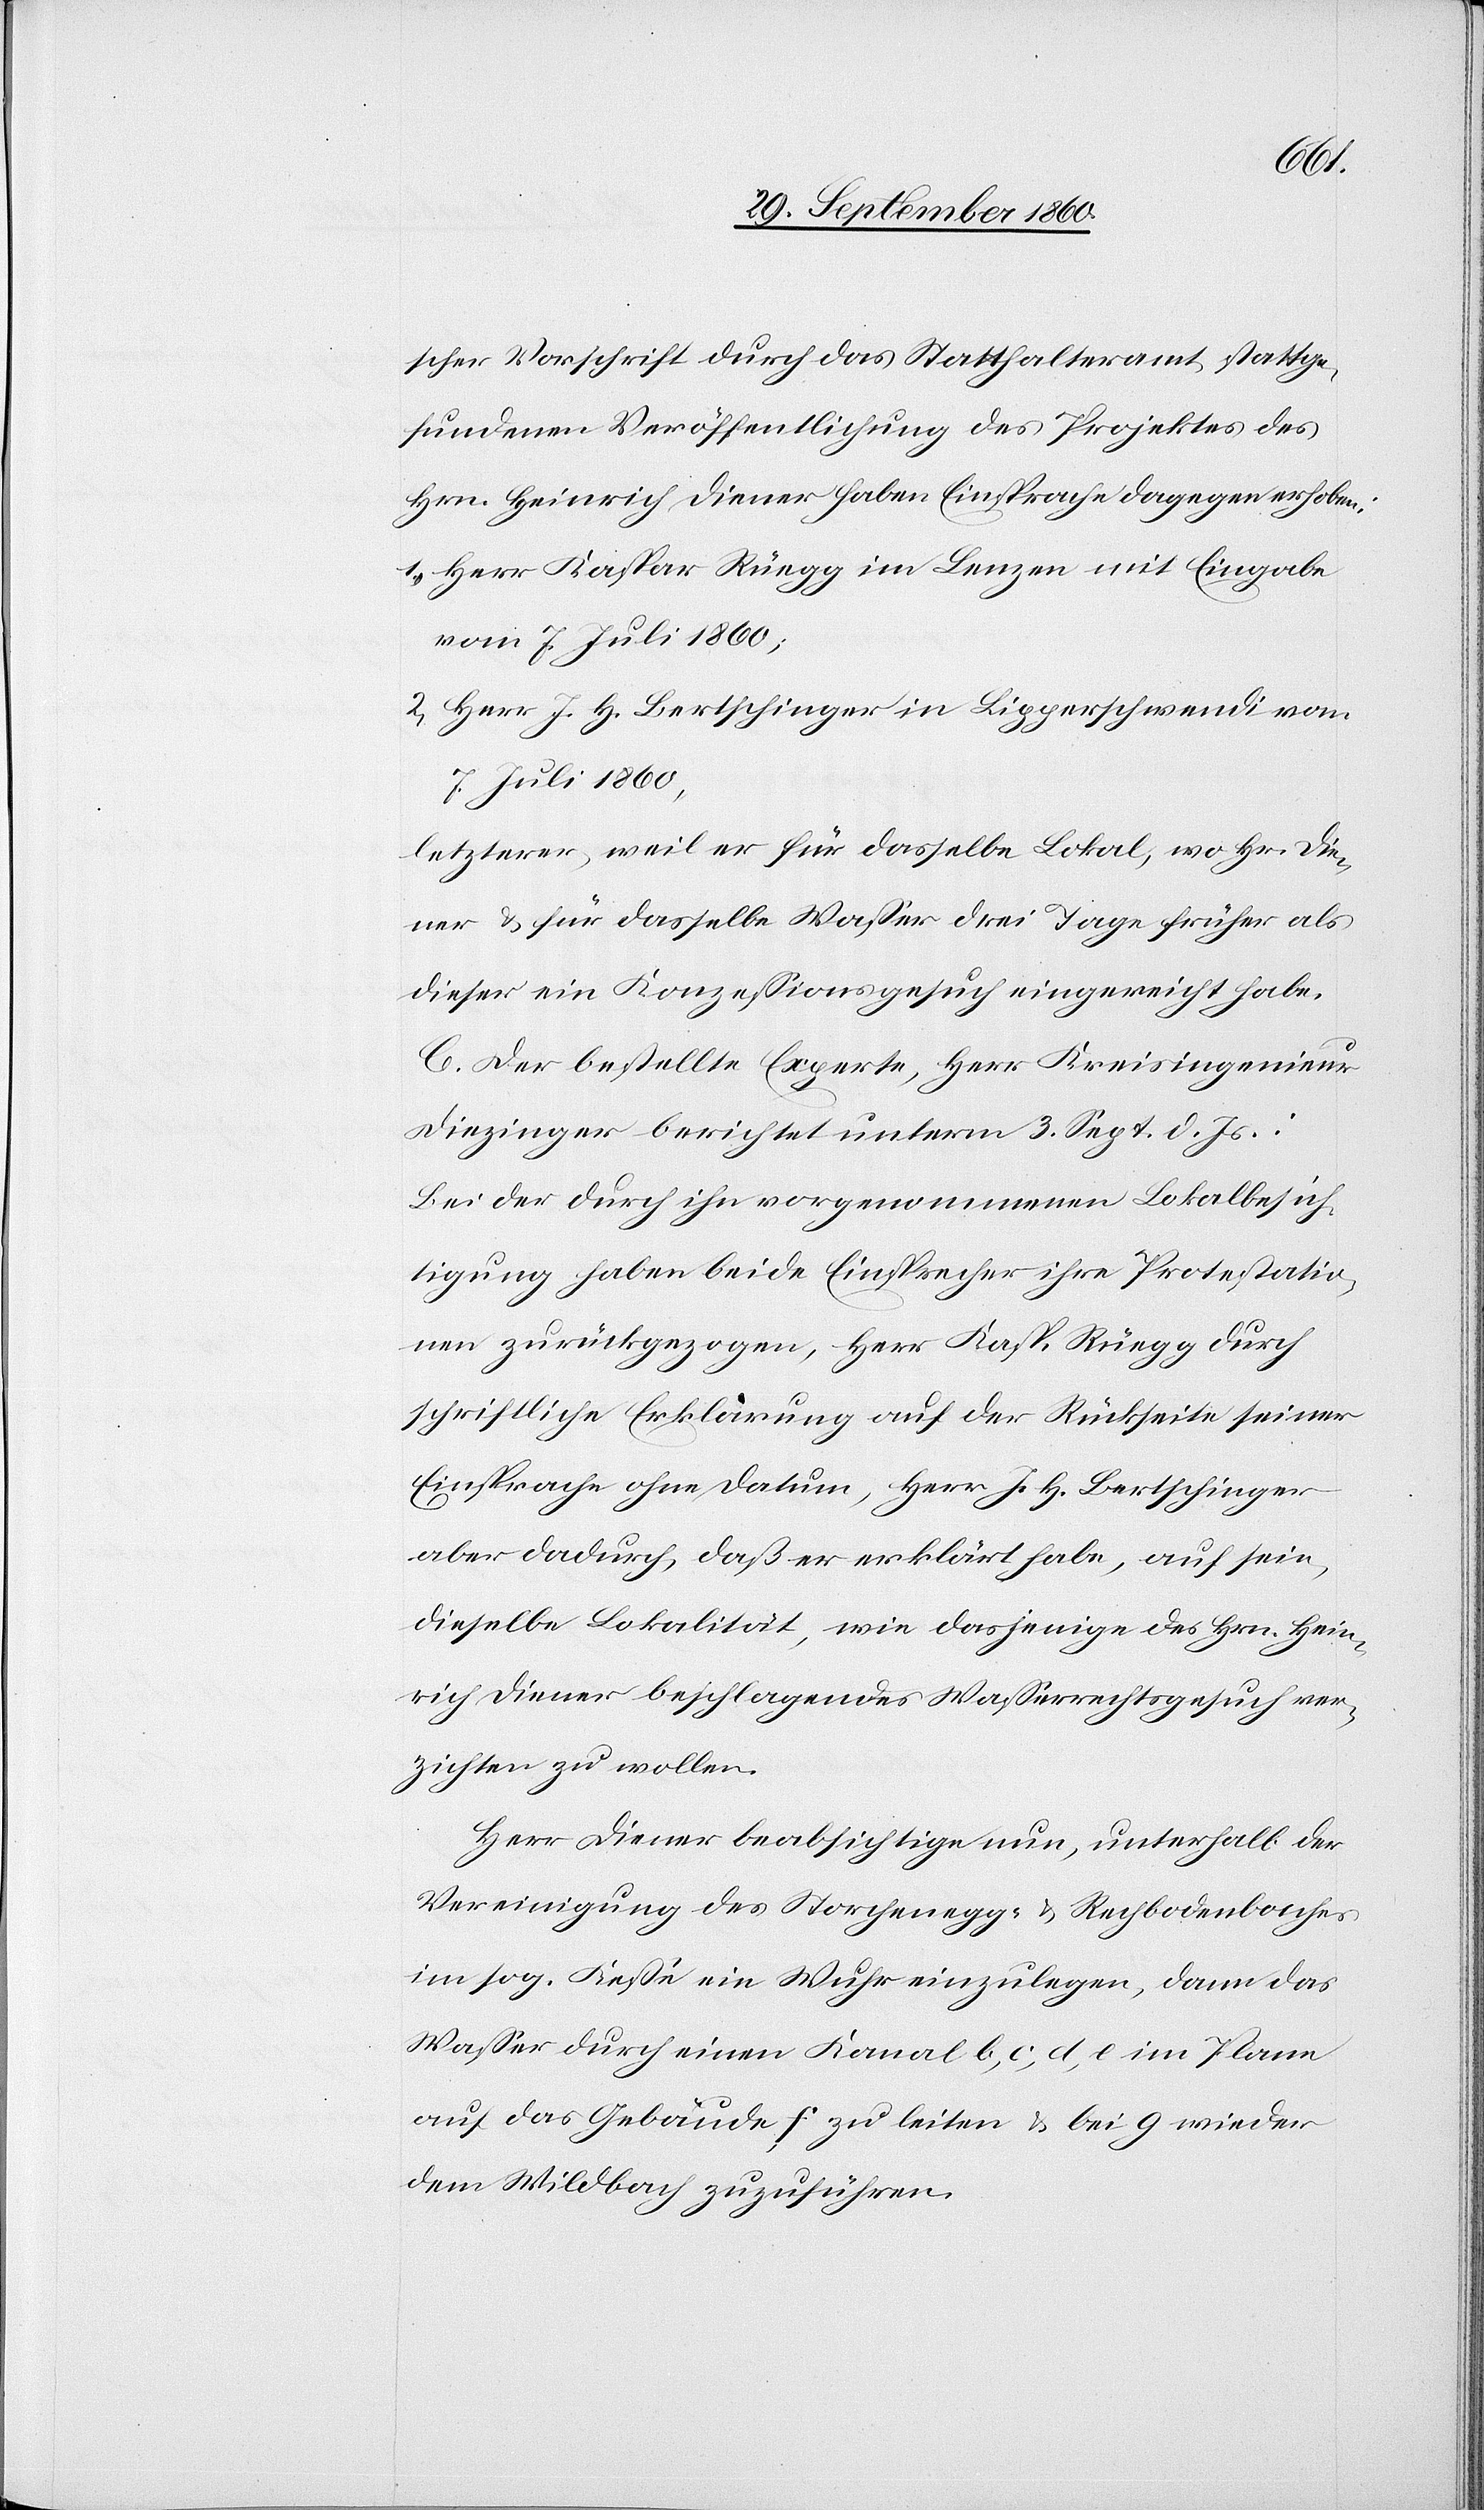
scher Vorschrift durch das Statthalteramt stattge¬
fundenen Veröffentlichung des Projektes des
Hrn. Heinrich Diener haben Einsprache dagegen erhoben:
1. Herr Kaspar Rüegg im Lenzen mit Eingabe
vom 7. Juli 1860;
2. Herr J. H. Bertschinger in Lipperschwendi vom
7. Juli 1860,
letzterer, weil er für dasselbe Lokal, wo [sic!] Hr. Die¬
ner u. für dasselbe Wasser drei Tage früher als
dieser ein Konzessionsgesuch eingereicht habe.
C. Der bestellte Experte, Herr Kreisingenieur
Diezinger berichtet unterm 3. Sept. d. Js.:
Bei der durch ihn vorgenommenen Lokalbesich¬
tigung haben beide Einsprecher ihre Protestatio¬
nen zurückgezogen, Herr Kasp. Rüegg durch
schriftliche Erklärung auf der Rückseite seiner
Einsprache ohne Datum, Herr J. H. Bertschinger
aber dadurch, daß er erklärt habe, auf sein,
dieselbe Lokalität, wie dasjenige des Hrn. Hein¬
rich Diener beschlagendes Wasserrechtsgesuch ver¬
zichten zu wollen.
Herr Diener beabsichtige nun, unterhalb der
Vereinigung des Storchenegg- u. Rechbodenbaches
im sog. Keße [sic!] ein Wuhr einzulegen, dann das
Wasser durch einen Kanal b, c, d, e im Plane
auf das Gebäude f zu leiten u. bei g wieder
dem Wildbach zuzuführen.